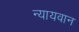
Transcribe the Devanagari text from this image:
न्यायवान